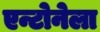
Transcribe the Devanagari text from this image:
एन्टोनेला